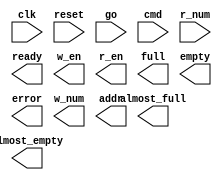
module queue(clk,reset,go,cmd,r_num,ready,w_en,r_en,full,almost_full,empty,almost_empty,error,w_num,addr);
	input clk,reset,go;
	input [17:0]cmd;
	input [15:0]r_num;

	output ready;
	output w_en,r_en;
	output full,almost_full,empty,almost_empty,error;
	output [15:0]w_num;
	output [4:0]addr;

endmodule